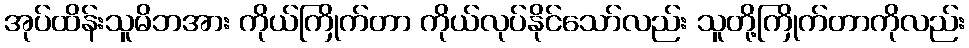
အုပ်ထိန်းသူမိဘအား ကိုယ်ကြိုက်တာ ကိုယ်လုပ်နိုင်သော်လည်း သူတို့ကြိုက်တာကိုလည်း